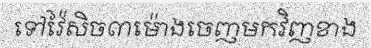
ទៅវ៉ៃសិច៣ម៉ោងចេញមកវិញខាង